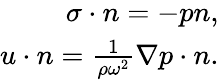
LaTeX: \begin{array}{r}{\sigma\cdot n=-pn,}\\ {u\cdot n=\frac{1}{\rho\omega^{2}}\nabla p\cdot n.}\end{array}